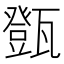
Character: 㽅